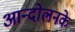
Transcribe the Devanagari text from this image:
आन्दोलनके